Civil Veterinary Dept. North-West Frontier Province 1933-46 - 1933-1946
Year: 1933
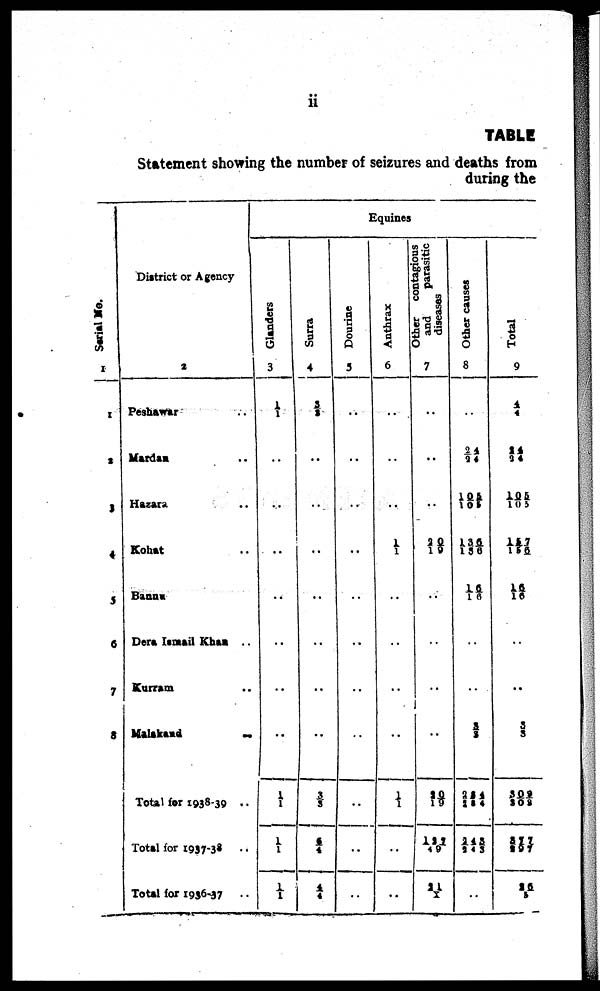
ii
TABLE
Statement showing the number of seizures and deaths from
during the
Serial No.
1
1
2
3
4
5
6
7
8
District or Agency
2
Peshawar ...
Mardas ..
Hazara ..
Kohat ..
Bannu ..
Dera Ismail Khan ..
Kurram ..
Malakand
..
Total for 1938-39 ..
Total for 1937-38 ..
Total for 1936-37 ..
Equines
Glanders
3
1/ 1
..
..
..
..
..
..
..
1/ 1
1/ 1
1/1
Surra
4
3/3
..
..
..
..
..
..
..
3/3
6/4
4/4
Dourine
5
..
..
..
..
..
..
..
..
..
..
..
Anthrax
6
..
..
..
1/1
..
..
..
..
1/1
..
..
Other contagious
and
parasitic
diseases
7
..
..
..
20/19
..
..
..
..
20/19
127/49
21/X
Other causes
8
..
24/24
105/105
136/136
16/16
..
..
3/3
234/234
248/245
..
Total
9
4/4
24/24
105/10
157/15
16/16
..
..
3/3
308/308
317/297
26/5